King Institute of Preventive Medicine Micro-Biological Section reports 1909-11
Year: 1909
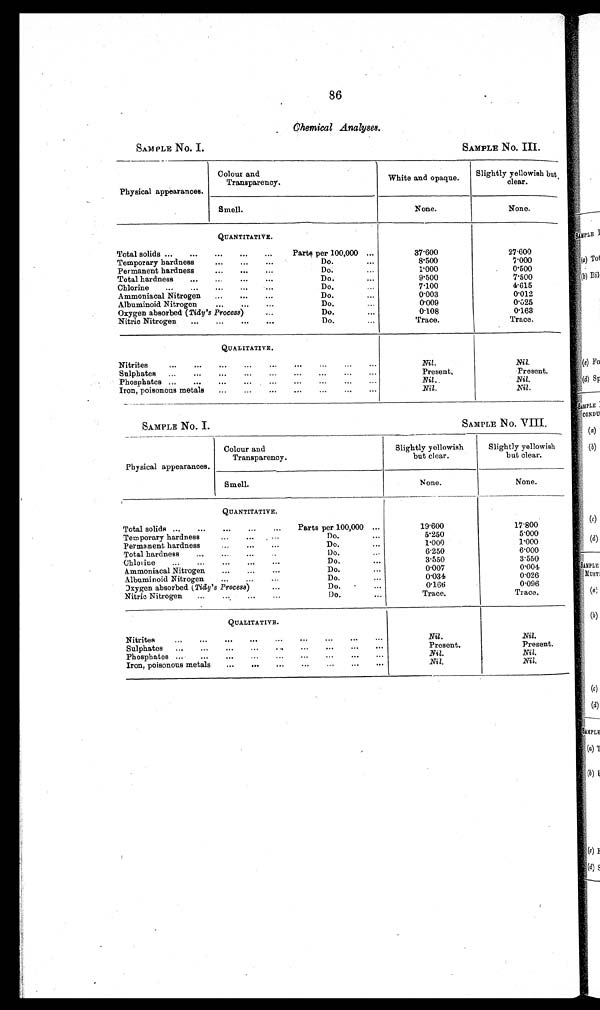
SAMPLE No. I.
SAMPLE No. III.
SAMPLE No. I.
SAMPLE No. VIII.
86
Chemical Analyses.
Physical appearances.
Colour and
Transparency.
White and opaque.
Slightly yellowish but
clear.
Smell.
None.
None.
QUANTITATIVE.
Total solids ...
...
...
...
...
Parts per 100,000 ...
37.600
27.600
Temporary hardness
...
...
...
Do.
...
8.500
7.000
Permanent hardness
...
...
...
Do.
1.000
0.500
Total hardness
...
...
...
...
Do.
...
9.500
7.500
Chlorine
...
...
...
...
Do.
...
7.100
4.615
Ammoniacal Nitrogen ...
...
...
Do.
...
0.003
0.012
Albuminoid Nitrogen
...
...
...
Do.
0.009
0.025
Oxygen absorbed (Tidy's Process)...
...
0.108
0.163
Nitric Nitrogen
...
...
...
...
Do.
...
Trace.
Trace.
QUALITATIVE.
Nitrites
...
...
...
...
...
...
...
...
...
Nil.
Nil.
Sulphates ...
...
...
...
...
...
...
...
...
Present.
Present.
Phosphates ...
...
...
...
...
...
...
...
...
Nil.
Nil.
Iron, poisonous metals
...
...
...
...
...
...
Nil.
Nil.
Physical appearances.
Colour and
Transparency.
Slightly yellowish
but clear.
Slightly yellowish
but clear.
Smell.
None.
None.
QUANTITATIVE.
Total solids ...
...
...
...
...
Parts per 100,000 ...
19.600
17.800
Temporary hardness
...
...
...
Do.
...
5.250
5.000
Permanent hardness
...
...
...
Do.
...
1.000
1.000
Total hardness
...
...
...
..
Do.
..-
6.250
6.000
Chlorine
...
...
...
...
...
Do.
...
3.550
3.550
Ammoniacal Nitrogen ... ... ...
Do.
0.007
0.004
Albuminoid Nitrogen
...
_
...
Do.
,..
0.034
0.026
Oxygen absorbed (Tidy's Process) ...
Do.
...
0.166
0.096
Nitric Nitrogen
...
...
...
...
Do.
...
Trace.
Trace.
QUALITATIVE.
_
Nitrites
...
...
...
...
...
...
...
...
Nil.
Nil.
Sulphates ...
...
...
,..
...
...
...
...
Present.
Present.
Phosphates ...
...
...
...
...
...
...
...
...
Nil.
Nil.
Iron, poisonous metals
...
.,.
...
...
...
...
...
Nil.
Nil.